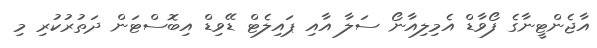
އާޖެންޓީނާގެ ފޯވާޑް އެމިލިއާނޯ ސަލާ އާއި ޕައިލެޓް ޑޭވިޑް އިބޮސްޓަން ދަތުރުކުރި މި